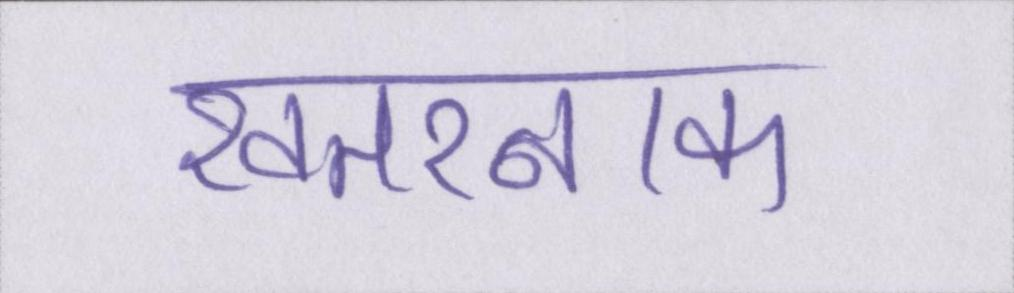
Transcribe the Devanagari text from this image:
खतरनाक